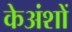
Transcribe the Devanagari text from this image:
केअंशों